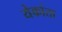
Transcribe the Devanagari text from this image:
येकांता